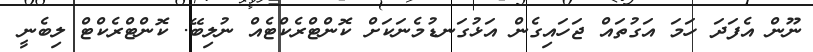
ނޫން އެފަދަ ހަމަ އަގުތައް ޖަހައިގެން އަޅުގަނޑުމެނަކަށް ކޮންޓްރެކްޓެއް ނުލިބޭ. ކޮންޓްރެކްޓް ލިބެނީ